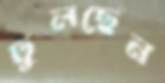
ঢুলছেন